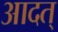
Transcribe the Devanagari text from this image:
आदत्